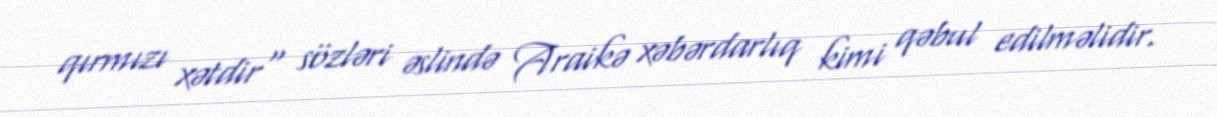
qırmızı xətdir" sözləri əslində Araikə xəbərdarlıq kimi qəbul edilməlidir.